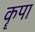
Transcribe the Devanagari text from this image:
कॄपा